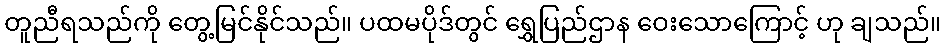
တူညီရသည်ကို တွေ့မြင်နိုင်သည်။ ပထမပိုဒ်တွင် ရွှေပြည်ဌာန ဝေးသောကြောင့် ဟု ချသည်။